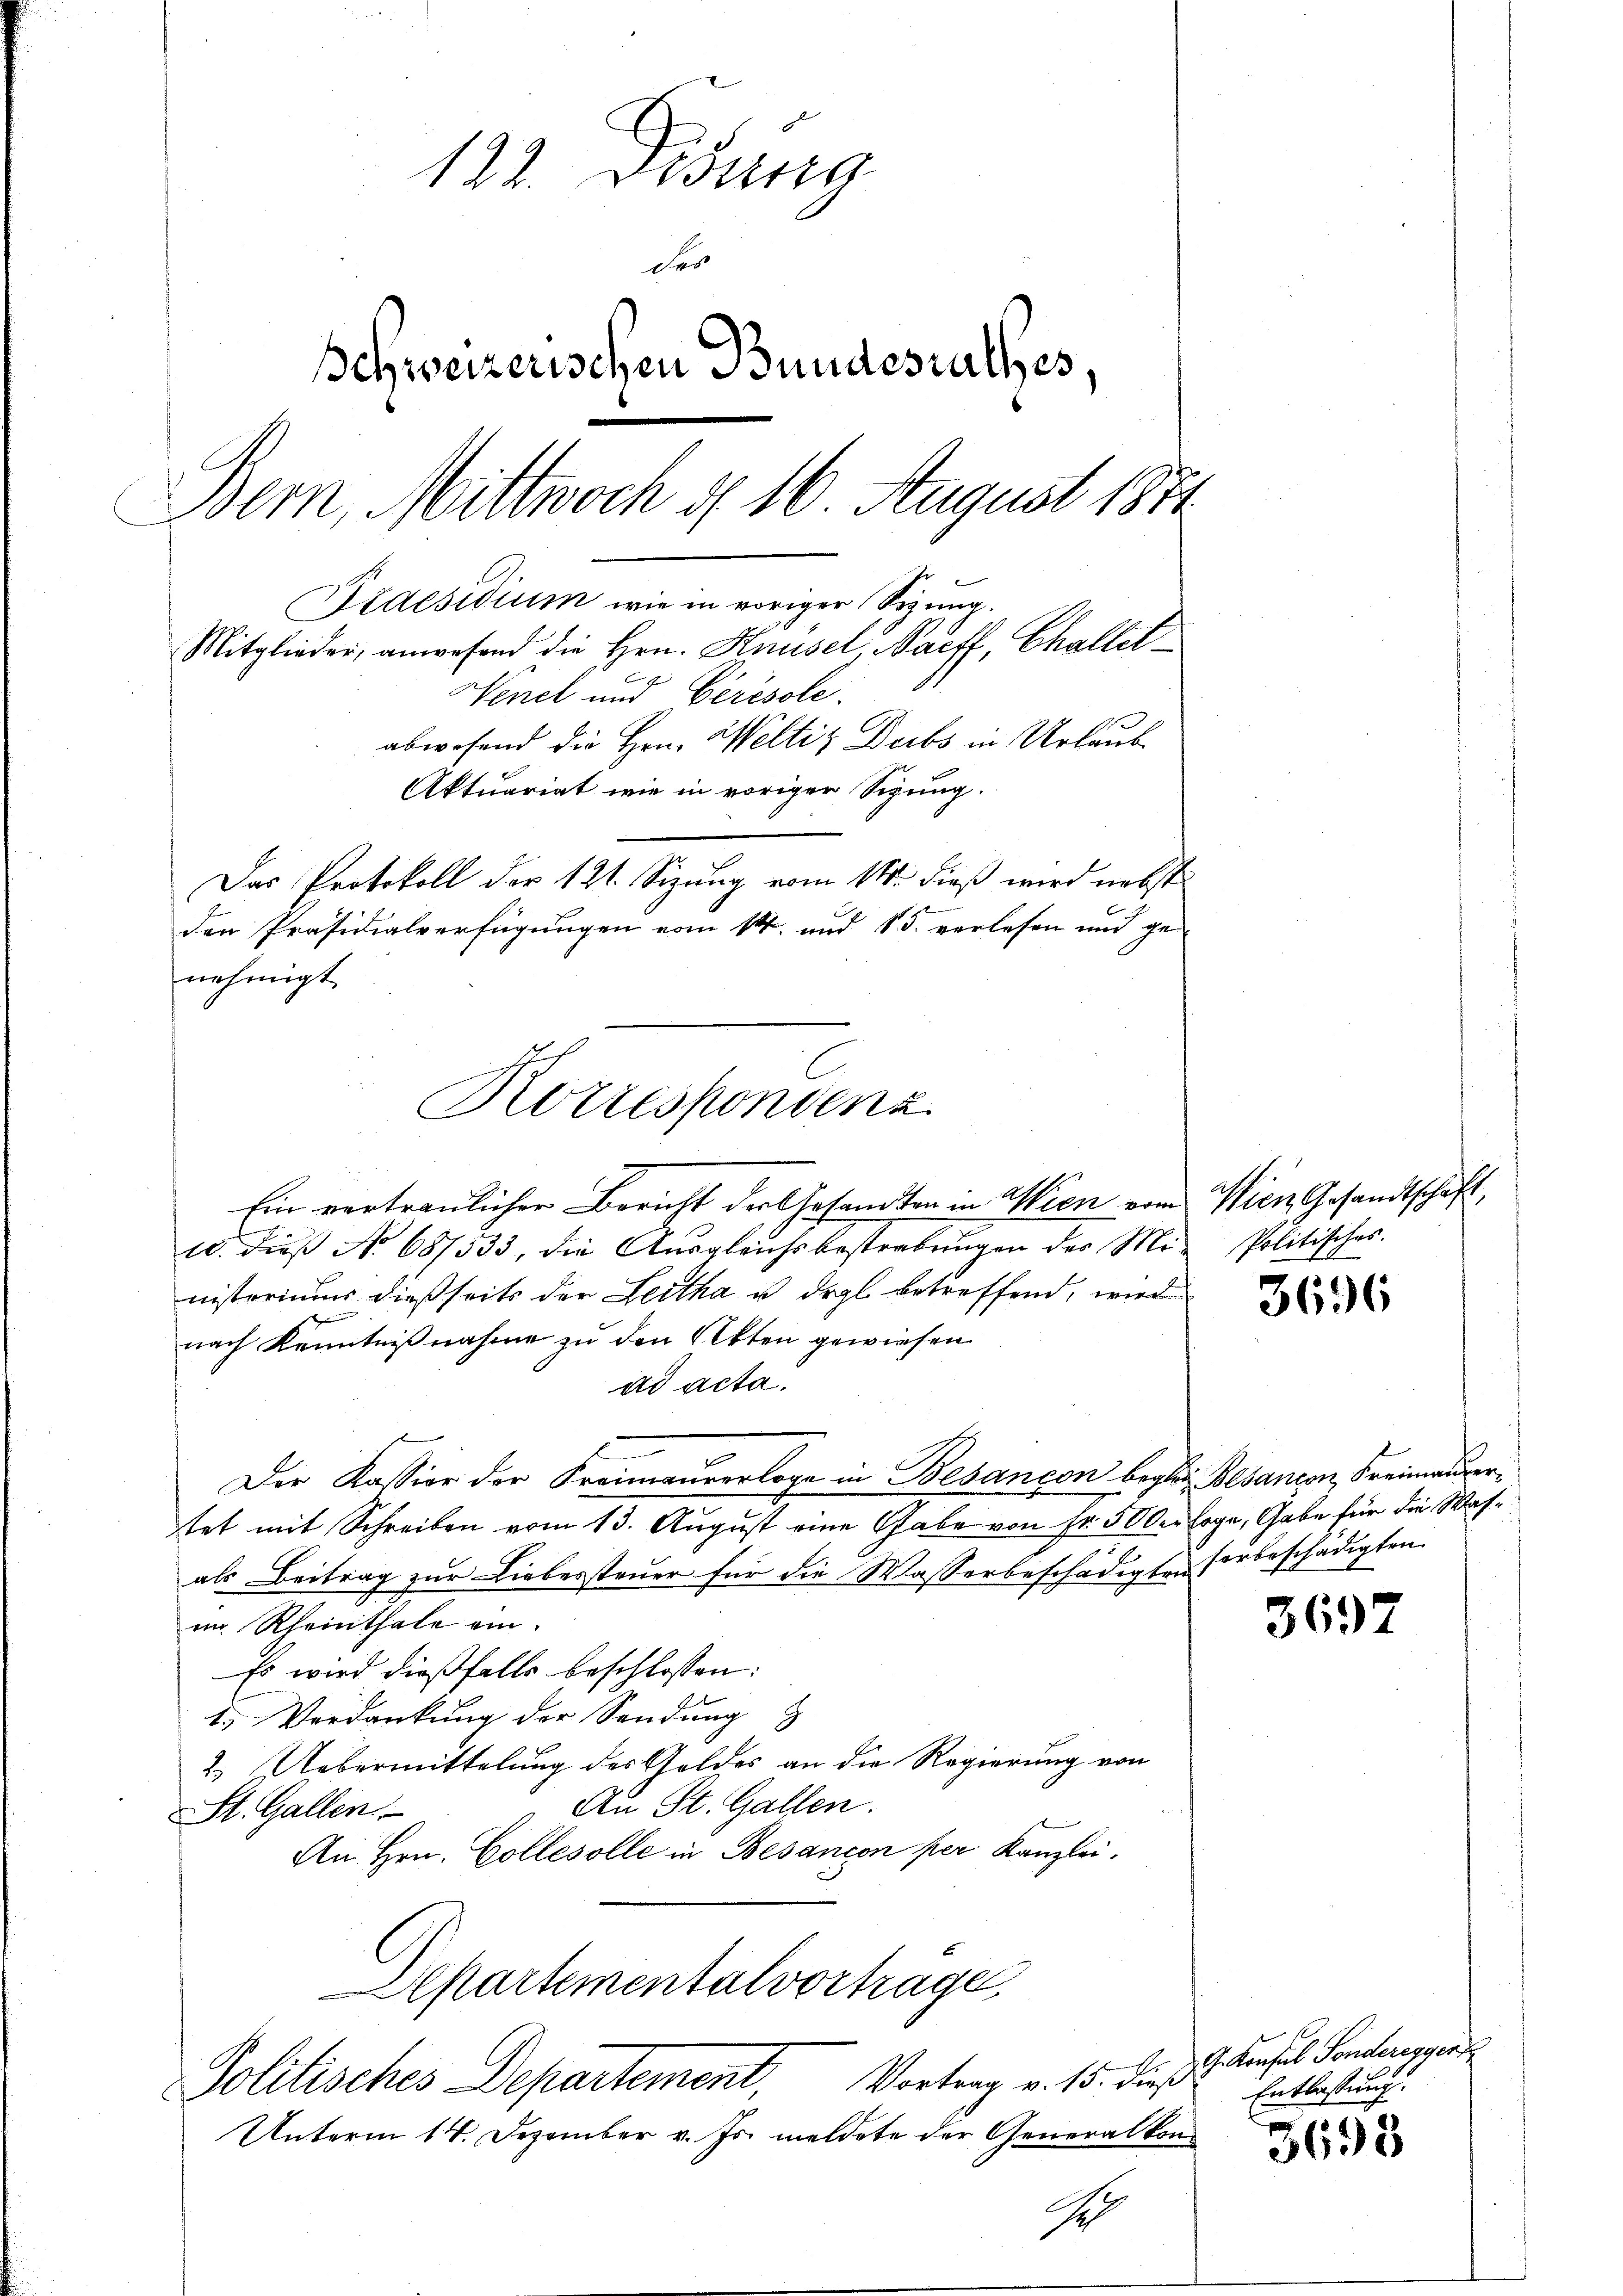
122. Bestig
des
Behweizerischen Bundesrathes
Bern, Mittwoch d. 16. August 1871
Praesidium wie in voriger Sizung.
Mitglieder, anwesend die Hrn. Knüsel Saeff, Challet¬
Nenel und Cerésole.
abwesend die Hrn. Weltiz Deibs in Urlaub
Aktuariat wie in voriger Sitzung.
Das Protokoll der 121. Sizung vom 11. dieß wird nebst
den Präsidialverfügungen vom 14. und 15. verlesen und ge-
nehmigt.

Ein vertraulicher Bericht der Gesandten in Wien vom
10. dieß No 687333, die Ausgleichsbestrebungen der Mi-
nisteriums dießseits der Leitha u. drgl. betreffend, wird
nach Kenntnißnahme zu den Akten gewiesen.
ad acta.
Der Kassion der Kreimaurerloge in Besançon beglein Besançon, Freimaurertet mit Schreiben vom 13. August eine Gabe von Fr. 500 sage, Gabe für die Wasals Beitrag zur Liebessteuer für die Wasserbeschädigten vorbeschädigten
im Rheinthale ein.
Es wird dießfalls beschlossen:
1.) Verdankung der Sendung
2. Uebermittelung des Goldes an die Regierung von
Au St. Gallen.
St. Gallen
An Hrn. Colle solle in Besancon per Kanzlei.
Aepartementalvortrage
Politisches Departement, Vortrag v. 15. dieß: Entlastung.
Unterm 14. Dezember v. Js. meldete der Generalkon¬
I

Korrespondenz

Wien Gesandtschaft
Politisches.

3696

3692

G. Konsul Sonderegger

3698